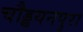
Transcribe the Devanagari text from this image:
चौड्डयनपुरा